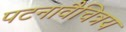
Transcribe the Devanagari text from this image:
पटनावैचित्रय